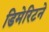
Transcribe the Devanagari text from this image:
डिमेरिटने